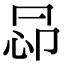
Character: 𢘖